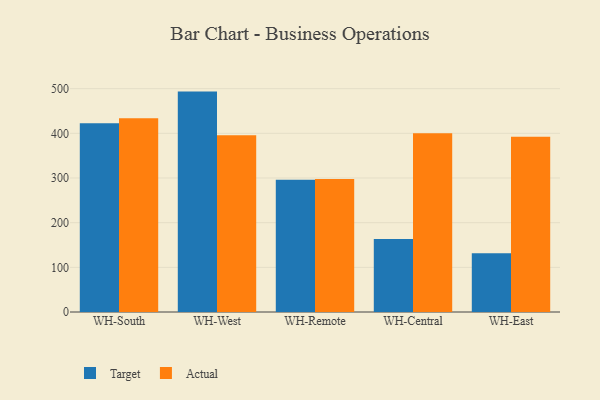
{"axis": {"x": "Warehouse", "y": "Gross Profit (USD K)"}, "legend": ["Actual", "Target"], "data": [{"x": "WH-South", "y": 422.5, "type": "Target"}, {"x": "WH-South", "y": 433.7, "type": "Actual"}, {"x": "WH-West", "y": 493.4, "type": "Target"}, {"x": "WH-West", "y": 395.8, "type": "Actual"}, {"x": "WH-Remote", "y": 296.2, "type": "Target"}, {"x": "WH-Remote", "y": 297.5, "type": "Actual"}, {"x": "WH-Central", "y": 163.3, "type": "Target"}, {"x": "WH-Central", "y": 400.4, "type": "Actual"}, {"x": "WH-East", "y": 131.6, "type": "Target"}, {"x": "WH-East", "y": 392.3, "type": "Actual"}]}